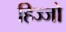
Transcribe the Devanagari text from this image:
हिज्जो